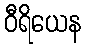
ဝီရိယေန